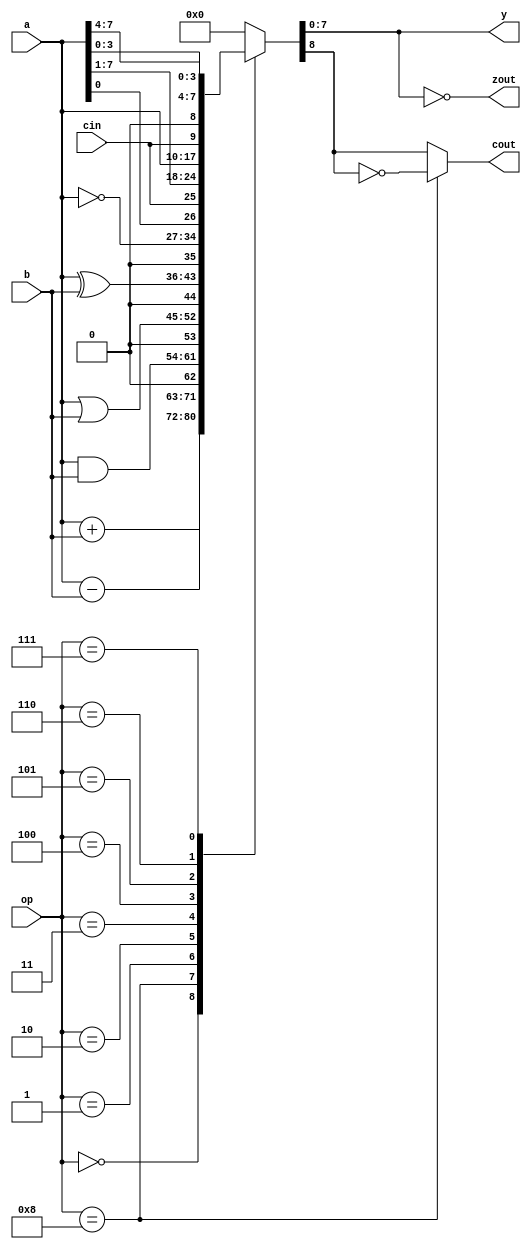

/* ***********************************************************************
  The Free IP Project
  Free-RISC8 -- Verilog 8-bit Microcontroller
  (c) 1999, The Free IP Project and Thomas Coonan


  FREE IP GENERAL PUBLIC LICENSE
  TERMS AND CONDITIONS FOR USE, COPYING, DISTRIBUTION, AND MODIFICATION

  1.  You may copy and distribute verbatim copies of this core, as long
      as this file, and the other associated files, remain intact and
      unmodified.  Modifications are outlined below.  
  2.  You may use this core in any way, be it academic, commercial, or
      military.  Modified or not.  
  3.  Distribution of this core must be free of charge.  Charging is
      allowed only for value added services.  Value added services
      would include copying fees, modifications, customizations, and
      inclusion in other products.
  4.  If a modified source code is distributed, the original unmodified
      source code must also be included (or a link to the Free IP web
      site).  In the modified source code there must be clear
      identification of the modified version.
  5.  Visit the Free IP web site for additional information.
      http://www.free-ip.com

*********************************************************************** */
module alu (
   op,
   a,
   b,
   y,
   cin,
   cout,
   zout
);

input  [3:0]	op;	// ALU Operation
input  [7:0]	a;	// 8-bit Input a
input  [7:0]	b;	// 8-bit Input b
output [7:0]	y;	// 8-bit Output
input		cin;
output		cout;
output		zout;

// Reg declarations for outputs
reg		cout;
reg		zout;
reg [7:0]	y;

// Internal declarations
reg		addercout; // Carry out straight from the adder itself.
 
parameter ALUOP_ADD  = 4'b0000;
parameter ALUOP_SUB  = 4'b1000;
parameter ALUOP_AND  = 4'b0001;
parameter ALUOP_OR   = 4'b0010;
parameter ALUOP_XOR  = 4'b0011;
parameter ALUOP_COM  = 4'b0100;
parameter ALUOP_ROR  = 4'b0101;
parameter ALUOP_ROL  = 4'b0110;
parameter ALUOP_SWAP = 4'b0111;


always @(a or b or cin or op) begin
   case (op) // synopsys parallel_case
      ALUOP_ADD:  {addercout,  y}  = a + b;
      ALUOP_SUB:  {addercout,  y}  = a - b; // Carry out is really "borrow"
      ALUOP_AND:  {addercout,  y}  = {1'b0, a & b};
      ALUOP_OR:   {addercout,  y}  = {1'b0, a | b};
      ALUOP_XOR:  {addercout,  y}  = {1'b0, a ^ b};
      ALUOP_COM:  {addercout,  y}  = {1'b0, ~a};
      ALUOP_ROR:  {addercout,  y}  = {a[0], cin, a[7:1]};
      ALUOP_ROL:  {addercout,  y}  = {a[7], a[6:0], cin};
      ALUOP_SWAP: {addercout,  y}  = {1'b0, a[3:0], a[7:4]};
      default:    {addercout,  y}  = {1'b0, 8'h00};
   endcase
end

always @(y)
   zout = (y == 8'h00);

always @(addercout or op)
   if (op == ALUOP_SUB) cout = ~addercout; // Invert adder's carry to get borrow
   else                 cout =  addercout;
      
endmodule